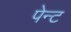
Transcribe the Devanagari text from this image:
पेन्‍ट